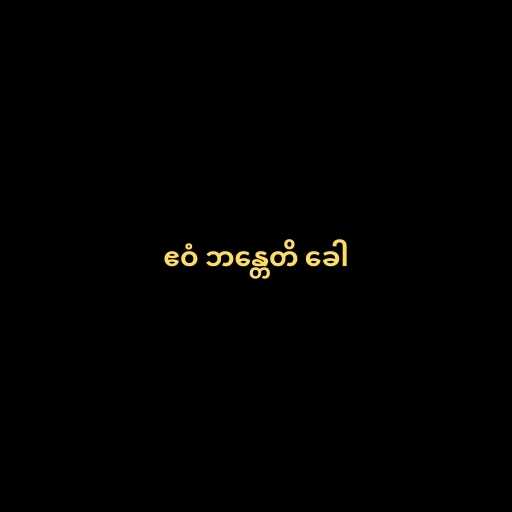
ဧဝံ ဘန္တေတိ ခေါ